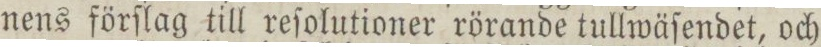
nens förſlag till reſolutioner rörande tullwäſendet, och